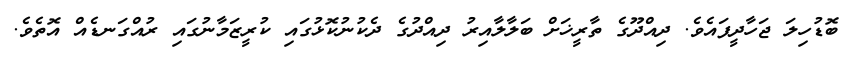
ބޮޑުހިލަ ޖަހާދީފައެވެ. ދިއްދޫގެ ތާރީޚަށް ބަލާލާއިރު ދިއްދުގެ ދެކުނުކޮޅުގައި ކުރީޒަމާނުގައި ރުއްގަނޑެއް އޮތެވެ.